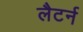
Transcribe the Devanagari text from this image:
लैटर्न